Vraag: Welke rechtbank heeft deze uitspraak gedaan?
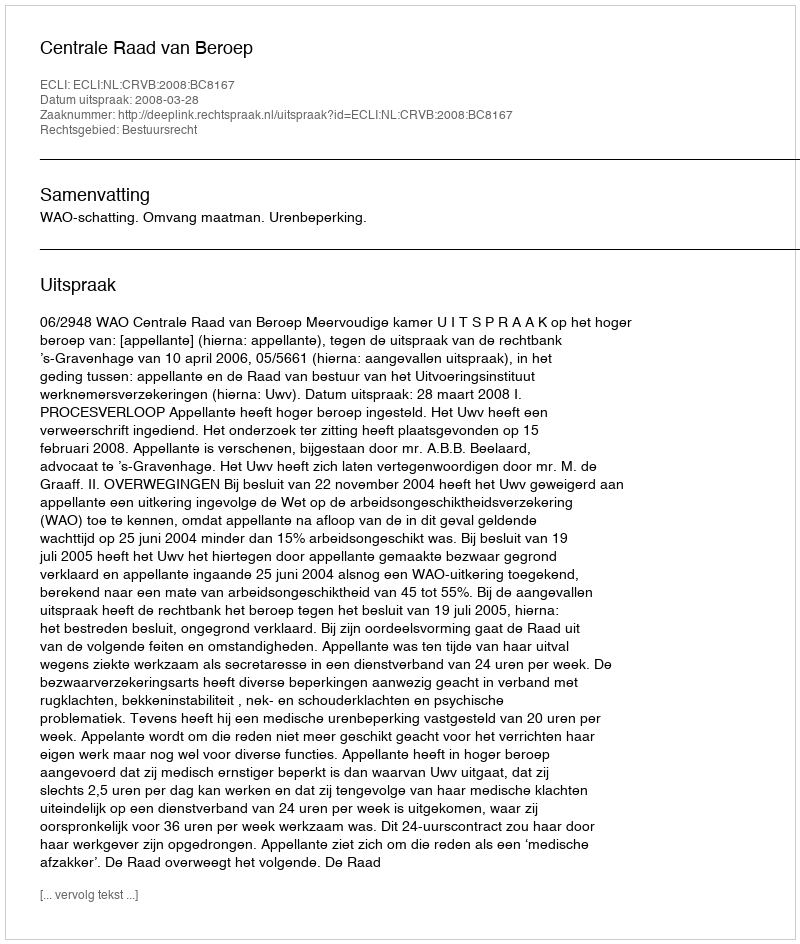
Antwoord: Centrale Raad van Beroep